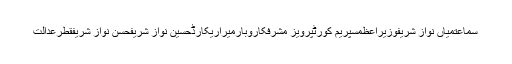
سماعتمیاں نواز شریفوزیراعظمسپریم کورٹپرویز مشرفکاروبارمیراریکارڈحسین نواز شریفحسن نواز شریفقطرعدالت